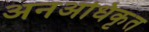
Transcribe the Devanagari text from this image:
अनअधिकृत